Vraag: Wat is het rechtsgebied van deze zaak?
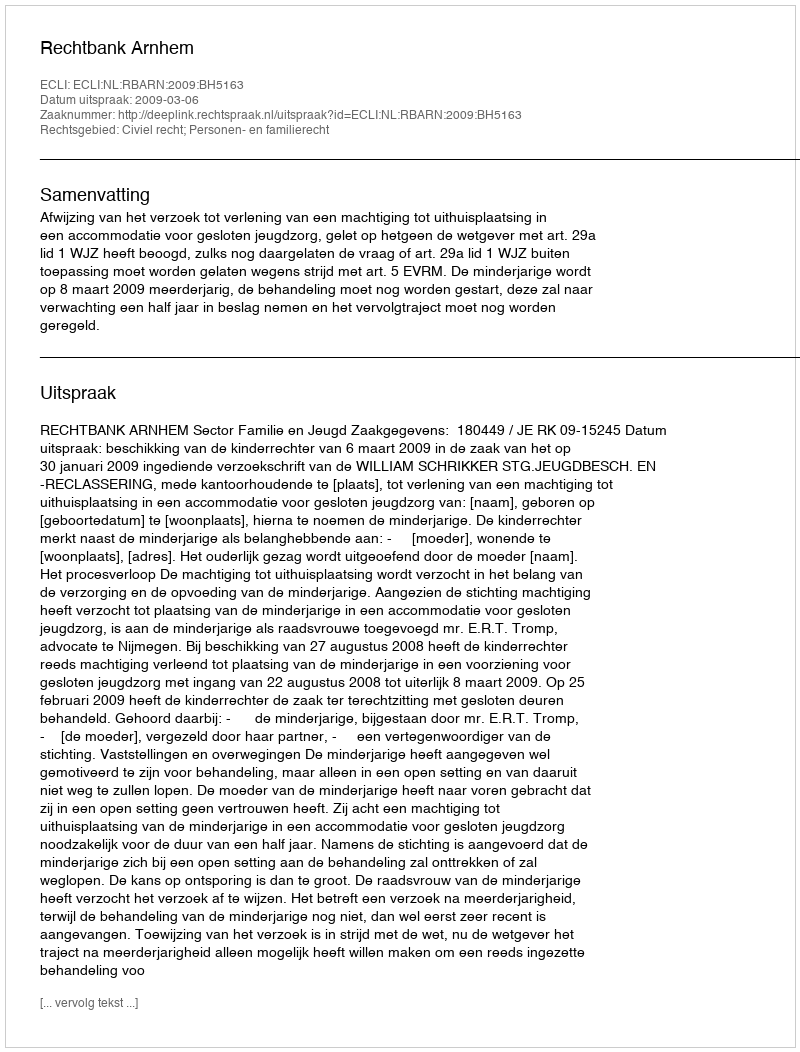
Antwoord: Civiel recht; Personen- en familierecht